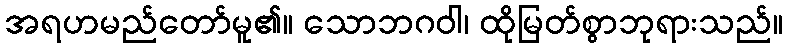
အရဟမည်တော်မူ၏။ သောဘဂဝါ၊ ထိုမြတ်စွာဘုရားသည်။